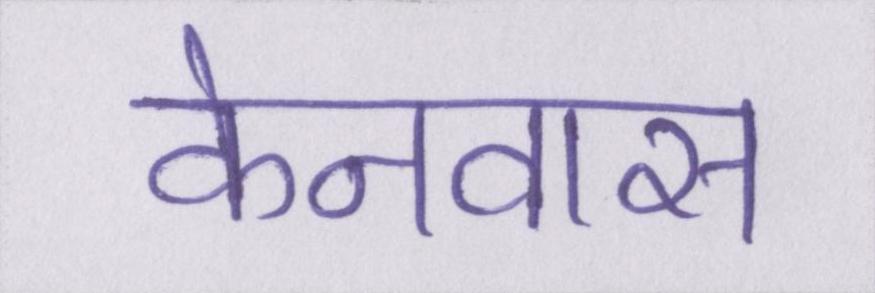
केनवास